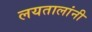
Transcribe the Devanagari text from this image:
लयतालांनी